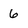
Character: 6